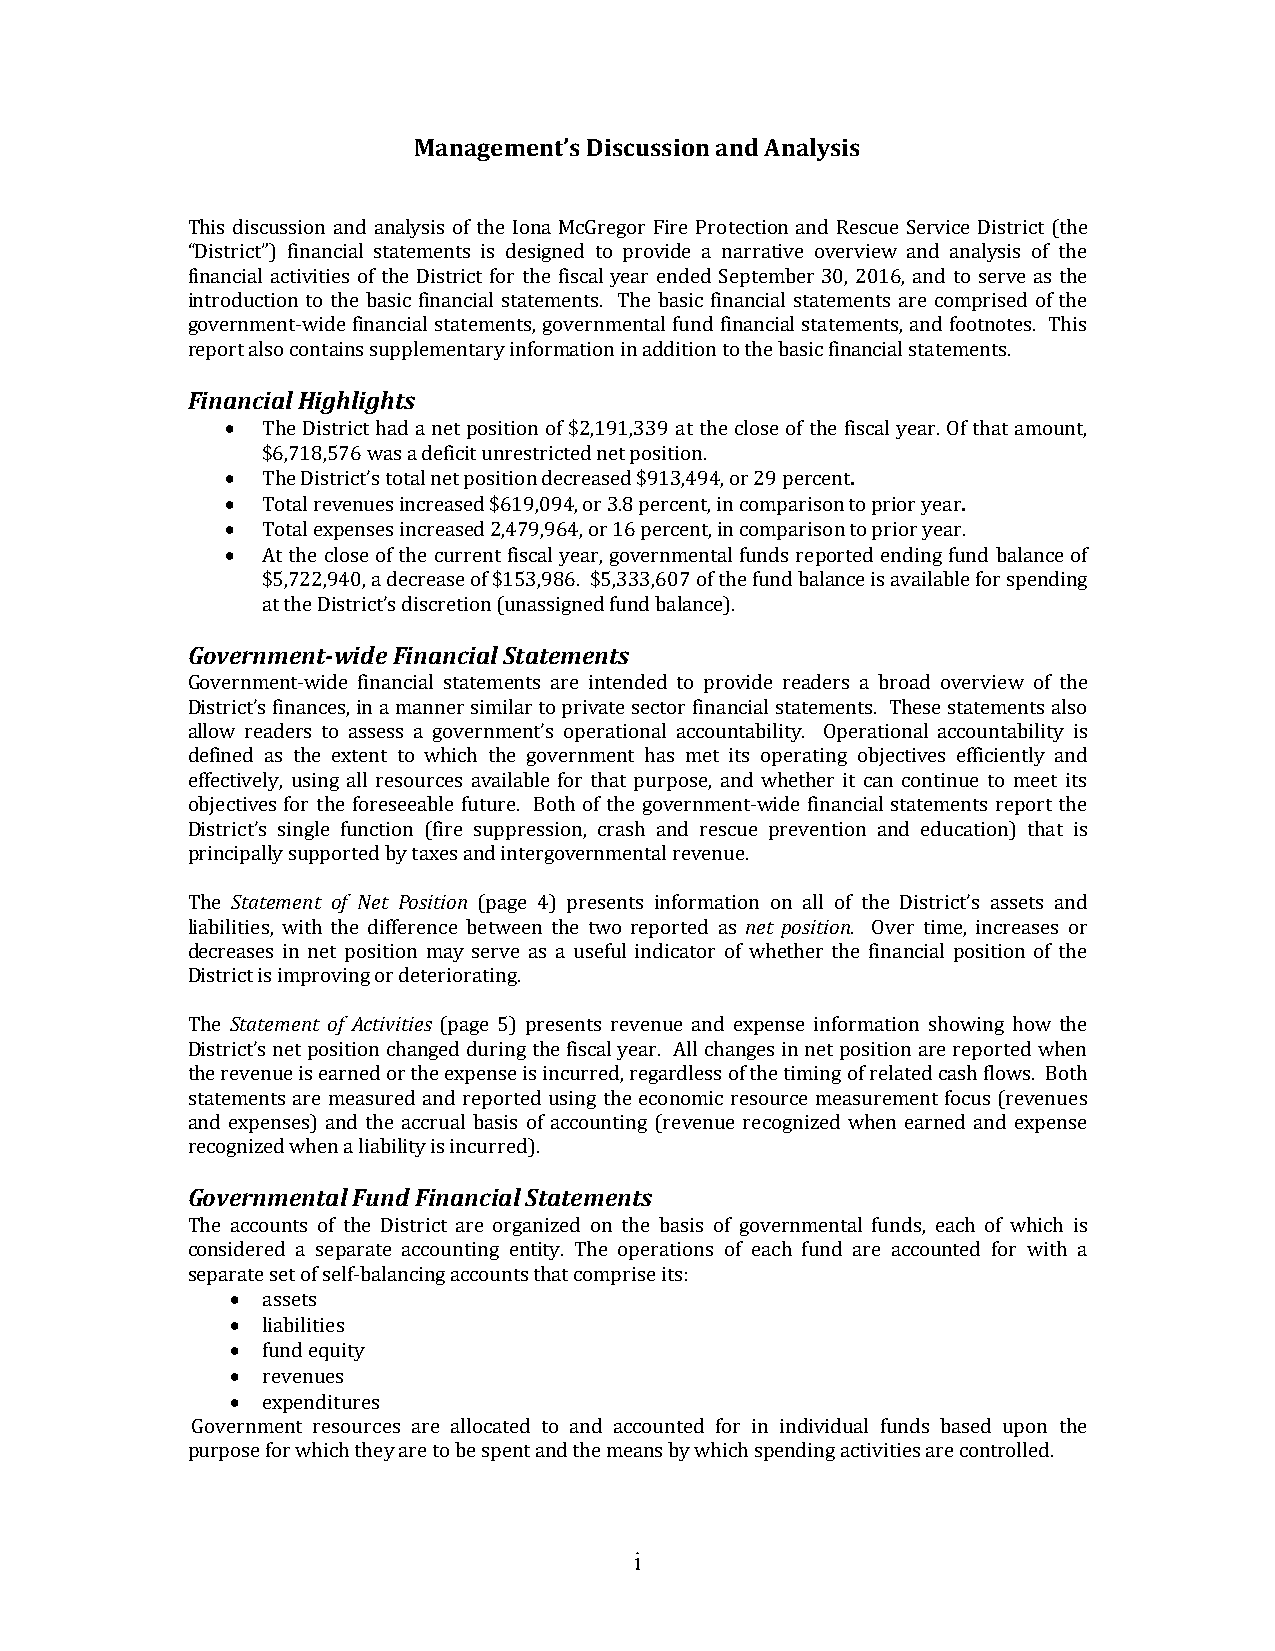
Management’s Discussion and Analysis
 This discussion and analysis of the Iona McGregor Fire Protection and Rescue Service District (the
 “District”) financial statements is designed to provide a narrative overview and analysis of the
 financial activities of the District for the fiscal year ended September 30, 2016, and to serve as the
 introduction to the basic financial statements. The basic financial statements are comprised of the
 government‐wide financial statements, governmental fund financial statements, and footnotes. This
 report also contains supplementary information in addition to the basic financial statements.
 Financial Highlights
  The District had a net position of $2,191,339 at the close of the fiscal year. Of that amount,
 $6,718,576 was a deficit unrestricted net position.
  The District’s total net position decreased $913,494, or 29 percent.
  Total revenues increased $619,094, or 3.8 percent, in comparison to prior year.
  Total expenses increased 2,479,964, or 16 percent, in comparison to prior year.
  At the close of the current fiscal year, governmental funds reported ending fund balance of
 $5,722,940, a decrease of $153,986. $5,333,607 of the fund balance is available for spending
 at the District’s discretion (unassigned fund balance).
 Government‐wide Financial Statements
 Government‐wide financial statements are intended to provide readers a broad overview of the
 District’s finances, in a manner similar to private sector financial statements. These statements also
 allow readers to assess a government’s operational accountability. Operational accountability is
 defined as the extent to which the government has met its operating objectives efficiently and
 effectively, using all resources available for that purpose, and whether it can continue to meet its
 objectives for the foreseeable future. Both of the government‐wide financial statements report the
 District’s single function (fire suppression, crash and rescue prevention and education) that is
 principally supported by taxes and intergovernmental revenue.
 The Statement of Net Position (page 4) presents information on all of the District’s assets and
 liabilities, with the difference between the two reported as net position. Over time, increases or
 decreases in net position may serve as a useful indicator of whether the financial position of the
 District is improving or deteriorating.
 The Statement of Activities (page 5) presents revenue and expense information showing how the
 District’s net position changed during the fiscal year. All changes in net position are reported when
 the revenue is earned or the expense is incurred, regardless of the timing of related cash flows. Both
 statements are measured and reported using the economic resource measurement focus (revenues
 and expenses) and the accrual basis of accounting (revenue recognized when earned and expense
 recognized when a liability is incurred).
 Governmental Fund Financial Statements
 The accounts of the District are organized on the basis of governmental funds, each of which is
 considered a separate accounting entity. The operations of each fund are accounted for with a
 separate set of self‐balancing accounts that comprise its:
  assets
  liabilities
  fund equity
  revenues
  expenditures
 Government resources are allocated to and accounted for in individual funds based upon the
 purpose for which they are to be spent and the means by which spending activities are controlled.
 i